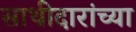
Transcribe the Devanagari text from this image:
साथीदारांच्या